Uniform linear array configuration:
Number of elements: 24
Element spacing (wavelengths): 1
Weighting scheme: hann
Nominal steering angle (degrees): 30
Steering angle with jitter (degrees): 28.587
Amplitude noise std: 0.05
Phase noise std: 0.05

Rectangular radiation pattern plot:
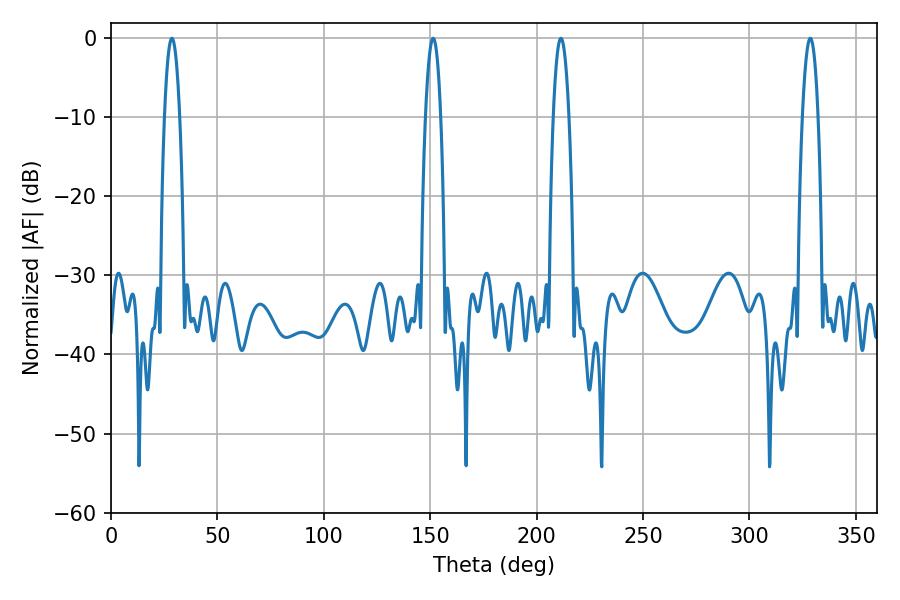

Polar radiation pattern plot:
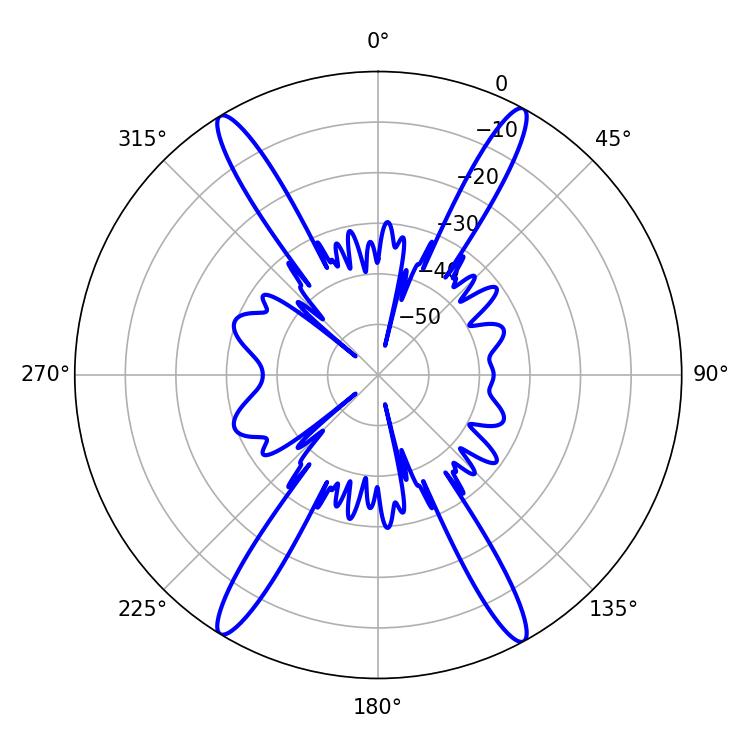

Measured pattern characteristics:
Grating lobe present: TRUE
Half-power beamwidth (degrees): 3.96
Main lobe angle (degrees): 28.62